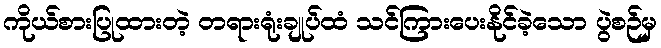
ကိုယ်စားပြုထားတဲ့ တရားရုံးချုပ်ထံ သင်ကြားပေးနိုင်ခဲ့သော ပွဲစဉ်မှ